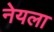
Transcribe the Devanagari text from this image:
नेयला